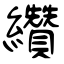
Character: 纘